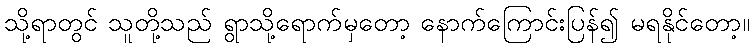
သို့ရာတွင် သူတို့သည် ရွာသို့ရောက်မှတော့ နောက်ကြောင်းပြန်၍ မရနိုင်တော့။